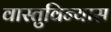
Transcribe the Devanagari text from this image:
वास्तुविन्यास